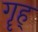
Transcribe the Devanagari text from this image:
गॄह्